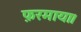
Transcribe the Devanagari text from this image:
फ़रमाया।